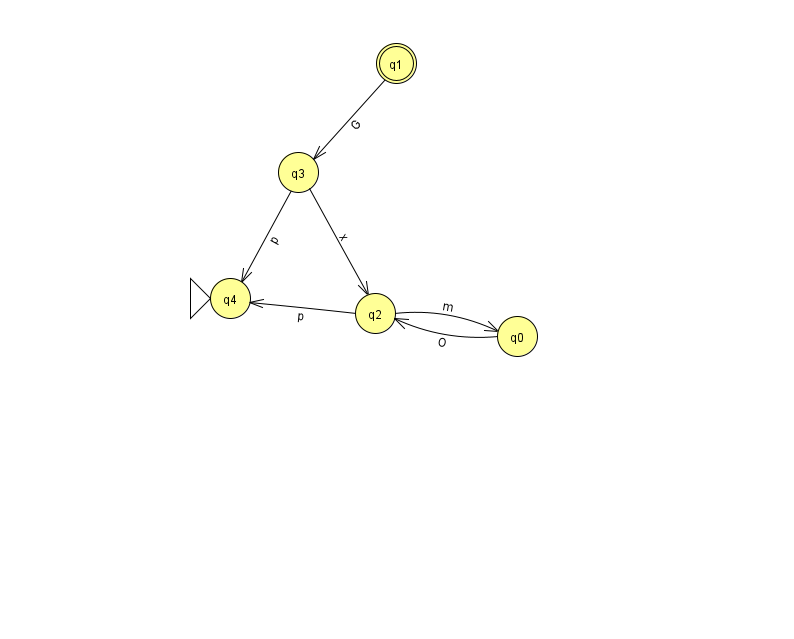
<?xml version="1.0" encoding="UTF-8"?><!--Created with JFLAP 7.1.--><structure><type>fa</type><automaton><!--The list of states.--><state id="0" name="q0"><x>517.0</x><y>323.0</y></state><state id="1" name="q1"><x>396.0</x><y>50.0</y><final/></state><state id="2" name="q2"><x>375.0</x><y>300.0</y></state><state id="3" name="q3"><x>298.0</x><y>159.0</y></state><state id="4" name="q4"><x>230.0</x><y>285.0</y><initial/></state><!--The list of transitions.--><transition><from>2</from><to>4</to><read>p</read></transition><transition><from>0</from><to>2</to><read>O</read></transition><transition><from>2</from><to>0</to><read>m</read></transition><transition><from>3</from><to>4</to><read>p</read></transition><transition><from>1</from><to>3</to><read>G</read></transition><transition><from>3</from><to>2</to><read>x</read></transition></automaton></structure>